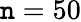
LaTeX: \mathtt{n}=50